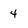
Character: 4